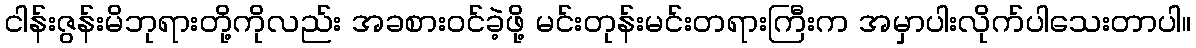
ငါန်းဇွန်းမိဘုရားတို့ကိုလည်း အခစားဝင်ခဲ့ဖို့ မင်းတုန်းမင်းတရားကြီးက အမှာပါးလိုက်ပါသေးတာပါ။